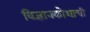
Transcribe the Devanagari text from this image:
विज्ञानकोशाची